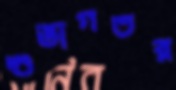
শুভাগতর